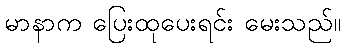
မာနာက ပြေးထုပေးရင်း မေးသည်။